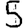
Digit: 5